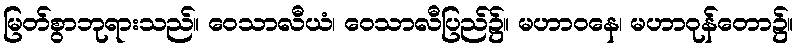
မြတ်စွာဘုရားသည်။ ဝေသာလီယံ၊ ဝေသာလီပြည်၌။ မဟာဝနေ၊ မဟာဝုန်တော၌။